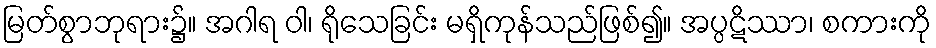
မြတ်စွာဘုရား၌။ အဂါရ ဝါ၊ ရိုသေခြင်း မရှိကုန်သည်ဖြစ်၍။ အပ္ပဋိဿာ၊ စကားကို